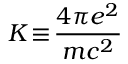
K \! \equiv \! \frac { 4 \pi e ^ { 2 } } { m c ^ { 2 } }